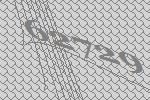
62729